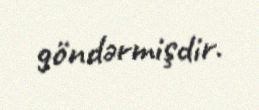
göndərmişdir.